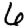
Digit: 6